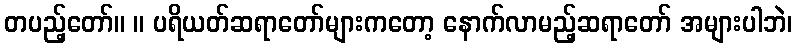
တပည့်တော်။ ။ ပရိယတ်ဆရာတော်များကတော့ နောက်လာမည့်ဆရာတော် အများပါဘဲ၊